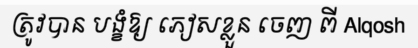
ត្រូវបាន បង្ខំឱ្យ ភៀសខ្លួន ចេញ ពី Alqosh